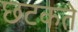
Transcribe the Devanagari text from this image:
छटकते